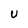
Character: U